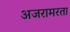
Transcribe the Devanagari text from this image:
अजरामरता